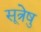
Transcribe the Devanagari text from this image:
सूत्रेषु